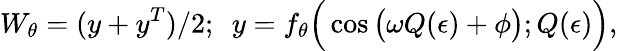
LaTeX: W_{\theta}=(y+y^{T})/2;~~y=f_{\theta}\Big(\cos\big(\omega Q(\epsilon)+\phi\big);Q(\epsilon)\Big),